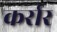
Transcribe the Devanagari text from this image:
कर्रार